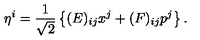
\eta ^ { i } = \frac { 1 } { \sqrt { 2 } } \left\{ ( E ) _ { i j } x ^ { j } + ( F ) _ { i j } p ^ { j } \right\} .